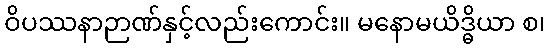
ဝိပဿနာဉာဏ်နှင့်လည်းကောင်း။ မနောမယိဒ္ဓိယာ စ၊